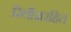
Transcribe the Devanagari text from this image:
रिलीज़रहित